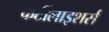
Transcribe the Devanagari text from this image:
फर्टीलाइशर्स